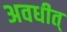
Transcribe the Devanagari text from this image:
अवधीत्‌